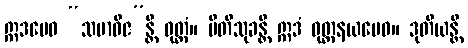
ဣဒမေဝ “သမာဓိဇ”န္တိ ဝုတ္တံ။ ပီတိသုခန္တိ ဣဒံ ဝုတ္တနယမေဝ။ ဒုတိယန္တိ